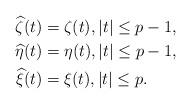
LaTeX: \begin{align*}\widehat\zeta(t) &=\zeta(t),|t| \le p-1,\\\widehat\eta(t) &=\eta(t),|t| \le p-1,\\\widehat\xi(t) &=\xi(t),|t| \le p.\end{align*}